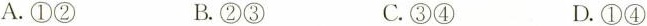
A.①② B.②③ C.③④ D.①④